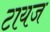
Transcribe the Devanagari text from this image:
टायज